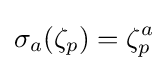
\sigma _{a}(\zeta _{p})=\zeta _{p}^{a}